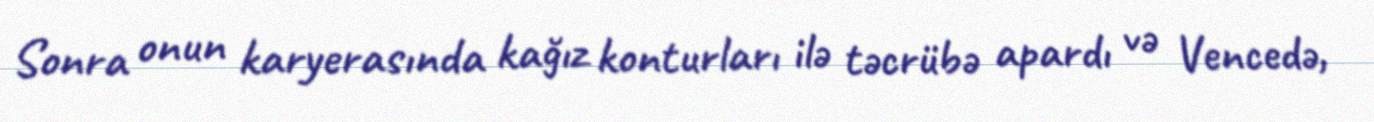
Sonra onun karyerasında kağız konturları ilə təcrübə apardı və Vencedə,